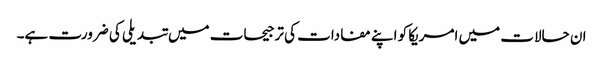
ان حالات میں امریکا کو اپنے مفادات کی ترجیحات میں تبدیلی کی ضرورت ہے۔